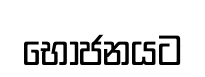
භෝජනයට